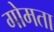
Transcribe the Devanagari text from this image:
गोमता